Vital statistics of India. Vol. IV, Annual returns from 1871 to 1876. British Army of India, Native Army and jails of Bengal
Year: 1871
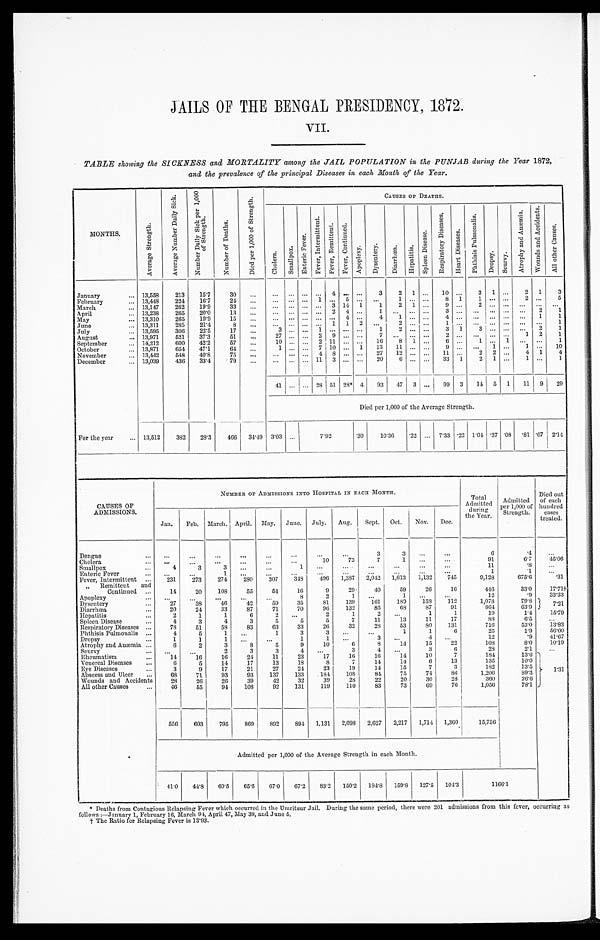
JAILS OF THE BENGAL PRESIDENCY, 1872.
VII.
TABLE showing the SICKNESS and MORTALITY among the JAIL POPULATION in the PUNJAB during the Year 1872,
and the prevalence of the principal Diseases in each Month of the Year.
M O N T H S .
A v e r a g e S t r e n g t h .
A v e r a g e N u m b e r D a i l y S i c k .
N u m b e r D a i l y S i c k p e r 1 , 0 0 0 o f S t r e n g t h .
N u m b e r o f D e a t h s .
D i e d p e r 1 , 0 0 0 o f S t r e n g t h .
CAUSES OF DEATHS.
C h o l e r a .
S m a l l p o x .
E n t e r i c F e v e r .
F e v e r , I n t e r m i t t e n t .
F e v e r R e m i t t e n t . F e v e r , C o n t i n u e d .
A p o p l e x y . D y s e n t e r y .
D i a r r h œ a .
H e p a t i t i s .
S p l e e n D i s e a s e s .
R e s p i r a t o r y D i s e a s e s .
H e a r t D i s e a s e s .
P h t h i s i s P u l m o n a l i s .
D r o p s y .
S c u r v y .
A t r o p h y a n d A n æ m i a . W o u n d s a n d A c c i d e n t s .
A l l o t h e r c a u s e s .
January . . .
13,558
213
15.7
30
. . . . . .
. . . . . .
. . . 4 . . . . . .
3
2 1 . . . 10
. . . 3 1
. . . 2 1
3
February . . .
13,448
224
16.7
24
. . . . . .
. . . . . . 1
. . . 5
. . .
. . . 1
. . . . . . 8 1
1
. . . . . . 2
. . . 5
March . . .
13,147
262
19.9
3 3
. . . . . .
. . . . . . . . .
3 14 1
1
2 1 . . .
9
. . . 2
. . . . . .
. . . . . .
. . .
April . . .
13,238
265
20.0
13
. . . . . .
. . .
. . . . . . 2 4 . . .
1
. . . . . . . . .
3
. . .
. . . . . . . . . . . . 2
1
May . . .
13,310
265
19.9
15
. . . . . .
. . . . . . . . .
. . . 4
. . . 4
1
. . . . . .
4
. . .
. . . . . . . . . . . . 1
1
June . . .
13,311
285
21.4
8
. . . . . .
. . . . . . . . . 1 1 2
. . .
2
. . . . . .
1
. . .
. . . . . . . . . . . .
. . . 1
July . . .
13,595
306
22.5
17
. . . 3
. . . . . . 1
. . . . . . . . . 1
2
. . . . . . 3 1
3 . . . . . . . . . 2
1
August . . .
13,971
521
37.3
51
. . . 27
. . . . . . 2 9
. . . . . . 7
. . . . . . . . .
2
. . .
. . . . . . . . . 1 2
1
September . . .
14,212
600 42.2
57
. . . 10 . . . . . . 2 11
. . . . . . 16
8 1 . . .
6
. . . 1
. . . 1
. . . . . . 1
October . . .
13,871
654 47.1
64
. . .
1
. . . . . . 7 10
. . . 1 13 11 . . .
. . . 9
. . .
. . . 1
. . . 1 . . . 10
November . . .
13,442
548
40.8
75
. . . . . .
. . . . . . 4 8
. . . . . . 27 12 . . . . . .
11
. . . 2 2 . . . 4 1
4
December . . .
13,039
436
33.4
79
. . .
. . .
. . . . . .
11 3
. . . . . .
20
6 . . . . . .
33 1
2 1
. . .
1 . . .
1
41 . . . . . . 28 51 28* 4 93 47 3 . . .
99 3 14 5
1 11
1 9
29
Died per 1,000 of the Average Strength.
For the year . . .
13,512
382
28.3
4 6 6 34.49 3.03 . . .
7.92
.30
10. 36
.22
. . .
7.33 .22 1.04 .37
. 0 8 .81 .67 2. 14
CAUSES OF
ADMISSIONS.
N U M B E R O F A D M I S S I O N S I N T O H O S P I T A L I N E A C H M O N T H .
Total
Admitted
during
the Year.
Admitted
per 1,000 of
Strength.
Died out
of each
hundred
cases
treated.
Jan. Feb. March. April. May. June. July. Aug. Sept. Oct. Nov. Dec.
Dengue . . .
. . .
. . .
. . .
. . .
. . .
. . . . . .
. . .
3
3
. . . . . .
6
.4
. . .
Cholera . . .
. . .
. . .
. . .
. . .
. . .
. . . 10
73
7
1
. . .
. . .
91
6.7
45.06
Smallpox . . .
4
3
3
. . .
. . .
1
. . .
. . .
. . .
. . .
. . .
. . .
11
.8
. . .
Enteric Fever . . .
. . .
. . .
1
. . .
. . .
. . .
. . .
. . .
. . .
. . .
. . .
. . .
1
.1
. . .
Fever, Intermittent . . .
231
273
274
280
307
3 4 8
496
1 , 3 8 7
2 , 0 4 2 1,613 1,132 745
9,128
6 7 5 . 6
. 3 1
" Remittent and
Continued . . .
14
20
108
55
54
16
9
29
40
59
26
16
446
33.0
17.71†
Apoplexy . . .
. . .
. . .
. . .
. . .
. . .
8
2
1
. . .
1
. . . . . .
12
. 9
33.33
Dysentery . . .
27
38
46
42
59
35
81
139
161
180
158
112
1,078
79.8
7 . 2 1
Diarrhœa . . .
20
24
3 3
87
71
70
96
132
85
68
87
9 1
864
63.9
Hepatitis . . .
2
1
1
6
2
. . .
2
1
2
. . .
1
1
19
1.4
1 5 . 7 9
Spleen Disease . . .
4
3
4
3
5
5
5
7
11
13
11
17
88
6.5
. . .
Respiratory Diseases . . .
78
51
58
83
63
33
26
32
28
53
8 0 131
716
53.0
13.83
Phthisis Pulmonalis . . .
4
5
1
. . .
1
3
3
. . . . . .
1
1
6
2 5
1.9
56.00
Dropsy . . .
1
1
1
. . .
. . .
1
1
. . .
3
. . .
4
. . .
12
. 9
41.67
Atrophy and Anæmia . . .
6
2
3
8
5
9
10
6
8
14
15
22
108
8.0
10.19
Scurvy . . .
. . .
. . .
2
3
3
4
. . .
3
4
. . .
3
6
28
2.1
. . .
R h e u m a t i s m . . .
14
16
16
24
11
23
17
16
16
14
10
7
184
13.6 1. 31
Venereal Diseases . . .
6
5
14
17
13
18
8
7
14
14
6
13
135
10.0
Eye Diseases . . .
3
9
17
21
27
24
23
19
14
15
7
3
182
13.5
Abscess and Ulcer . . .
6 8
71
93
93
137
133
184
108
84
75
74
86
1,206
8 9 . 3
Wounds and Accidents . . .
28
26
26
39
42
32
39
28
22
20
30
28
360
26.6
All other Causes . . .
46
55
94
108
92
131
119
110
83
73
69
76
1,056
78.1
556
603
795
869
892
894 1,131 2,098 2,627 2,217 1,714 1,360
15,756
Admitted per 1,000 of the Average Strength in each Month.
41.0
44.8 60.5 65.6 67.0 67.2
83.2 150.2 184.8 159.8 127.5 104.3
1166.1
Deaths from Contagious Relapsing Fever which occurred in the Umritsur Jail. During the same period, there were 201 admissions from this fever, occurring as
follows :—Januar 1, February 16, March 94, April 47, May 38, and June 5.
† The Ratio for Relapsing Fever is 13.93.